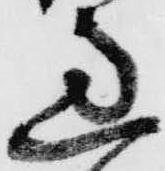
過